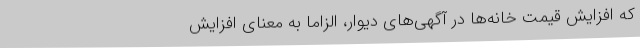
که افزایش قیمت خانه‌ها در آگهی‌های دیوار، الزاماً به معنای افزایش